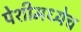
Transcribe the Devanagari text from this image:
पेशीमध्येच